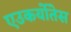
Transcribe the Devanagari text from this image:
एउकर्योतेस